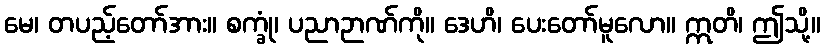
မေ၊ တပည့်တော်အား။ စက္ခုံ၊ ပညာဉာဏ်ကို။ ဒေဟိ၊ ပေးတော်မူလော။ ဣတိ၊ ဤသို့။